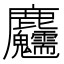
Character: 𪋺